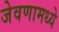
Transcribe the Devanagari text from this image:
जेवणामध्ये